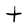
Character: t